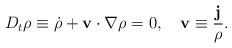
LaTeX: \begin{align*}D_t \rho \equiv \dot{\rho} + {\bf v}\cdot \nabla \rho = 0, ~~~{\bf v} \equiv \frac{\bf j}{\rho}.\end{align*}